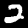
Label: 2